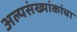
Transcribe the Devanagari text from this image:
अल्पसंख्यांकांचा